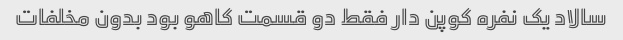
سالاد یک نفره کوپن دار فقط دو قسمت کاهو بود بدون مخلفات